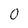
Character: 0